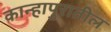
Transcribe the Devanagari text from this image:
कान्हापुरातील